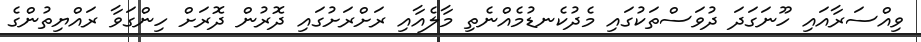
ވިއްސަރާއަައި ހޫނަގަދަ ދުވަސްތަކުގައި މެދުކެނޑުމެއްނެތި މާލެއާއި ރަށްރަށުގައި ދޮރުން ދޮރަށް ހިންގަވާ ރައްޔިތުންގެ